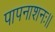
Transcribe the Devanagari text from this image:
पापनाशनः।।